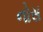
નોસ